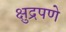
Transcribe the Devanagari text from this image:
क्षुद्रपणे